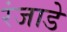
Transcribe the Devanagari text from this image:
रंजाडे